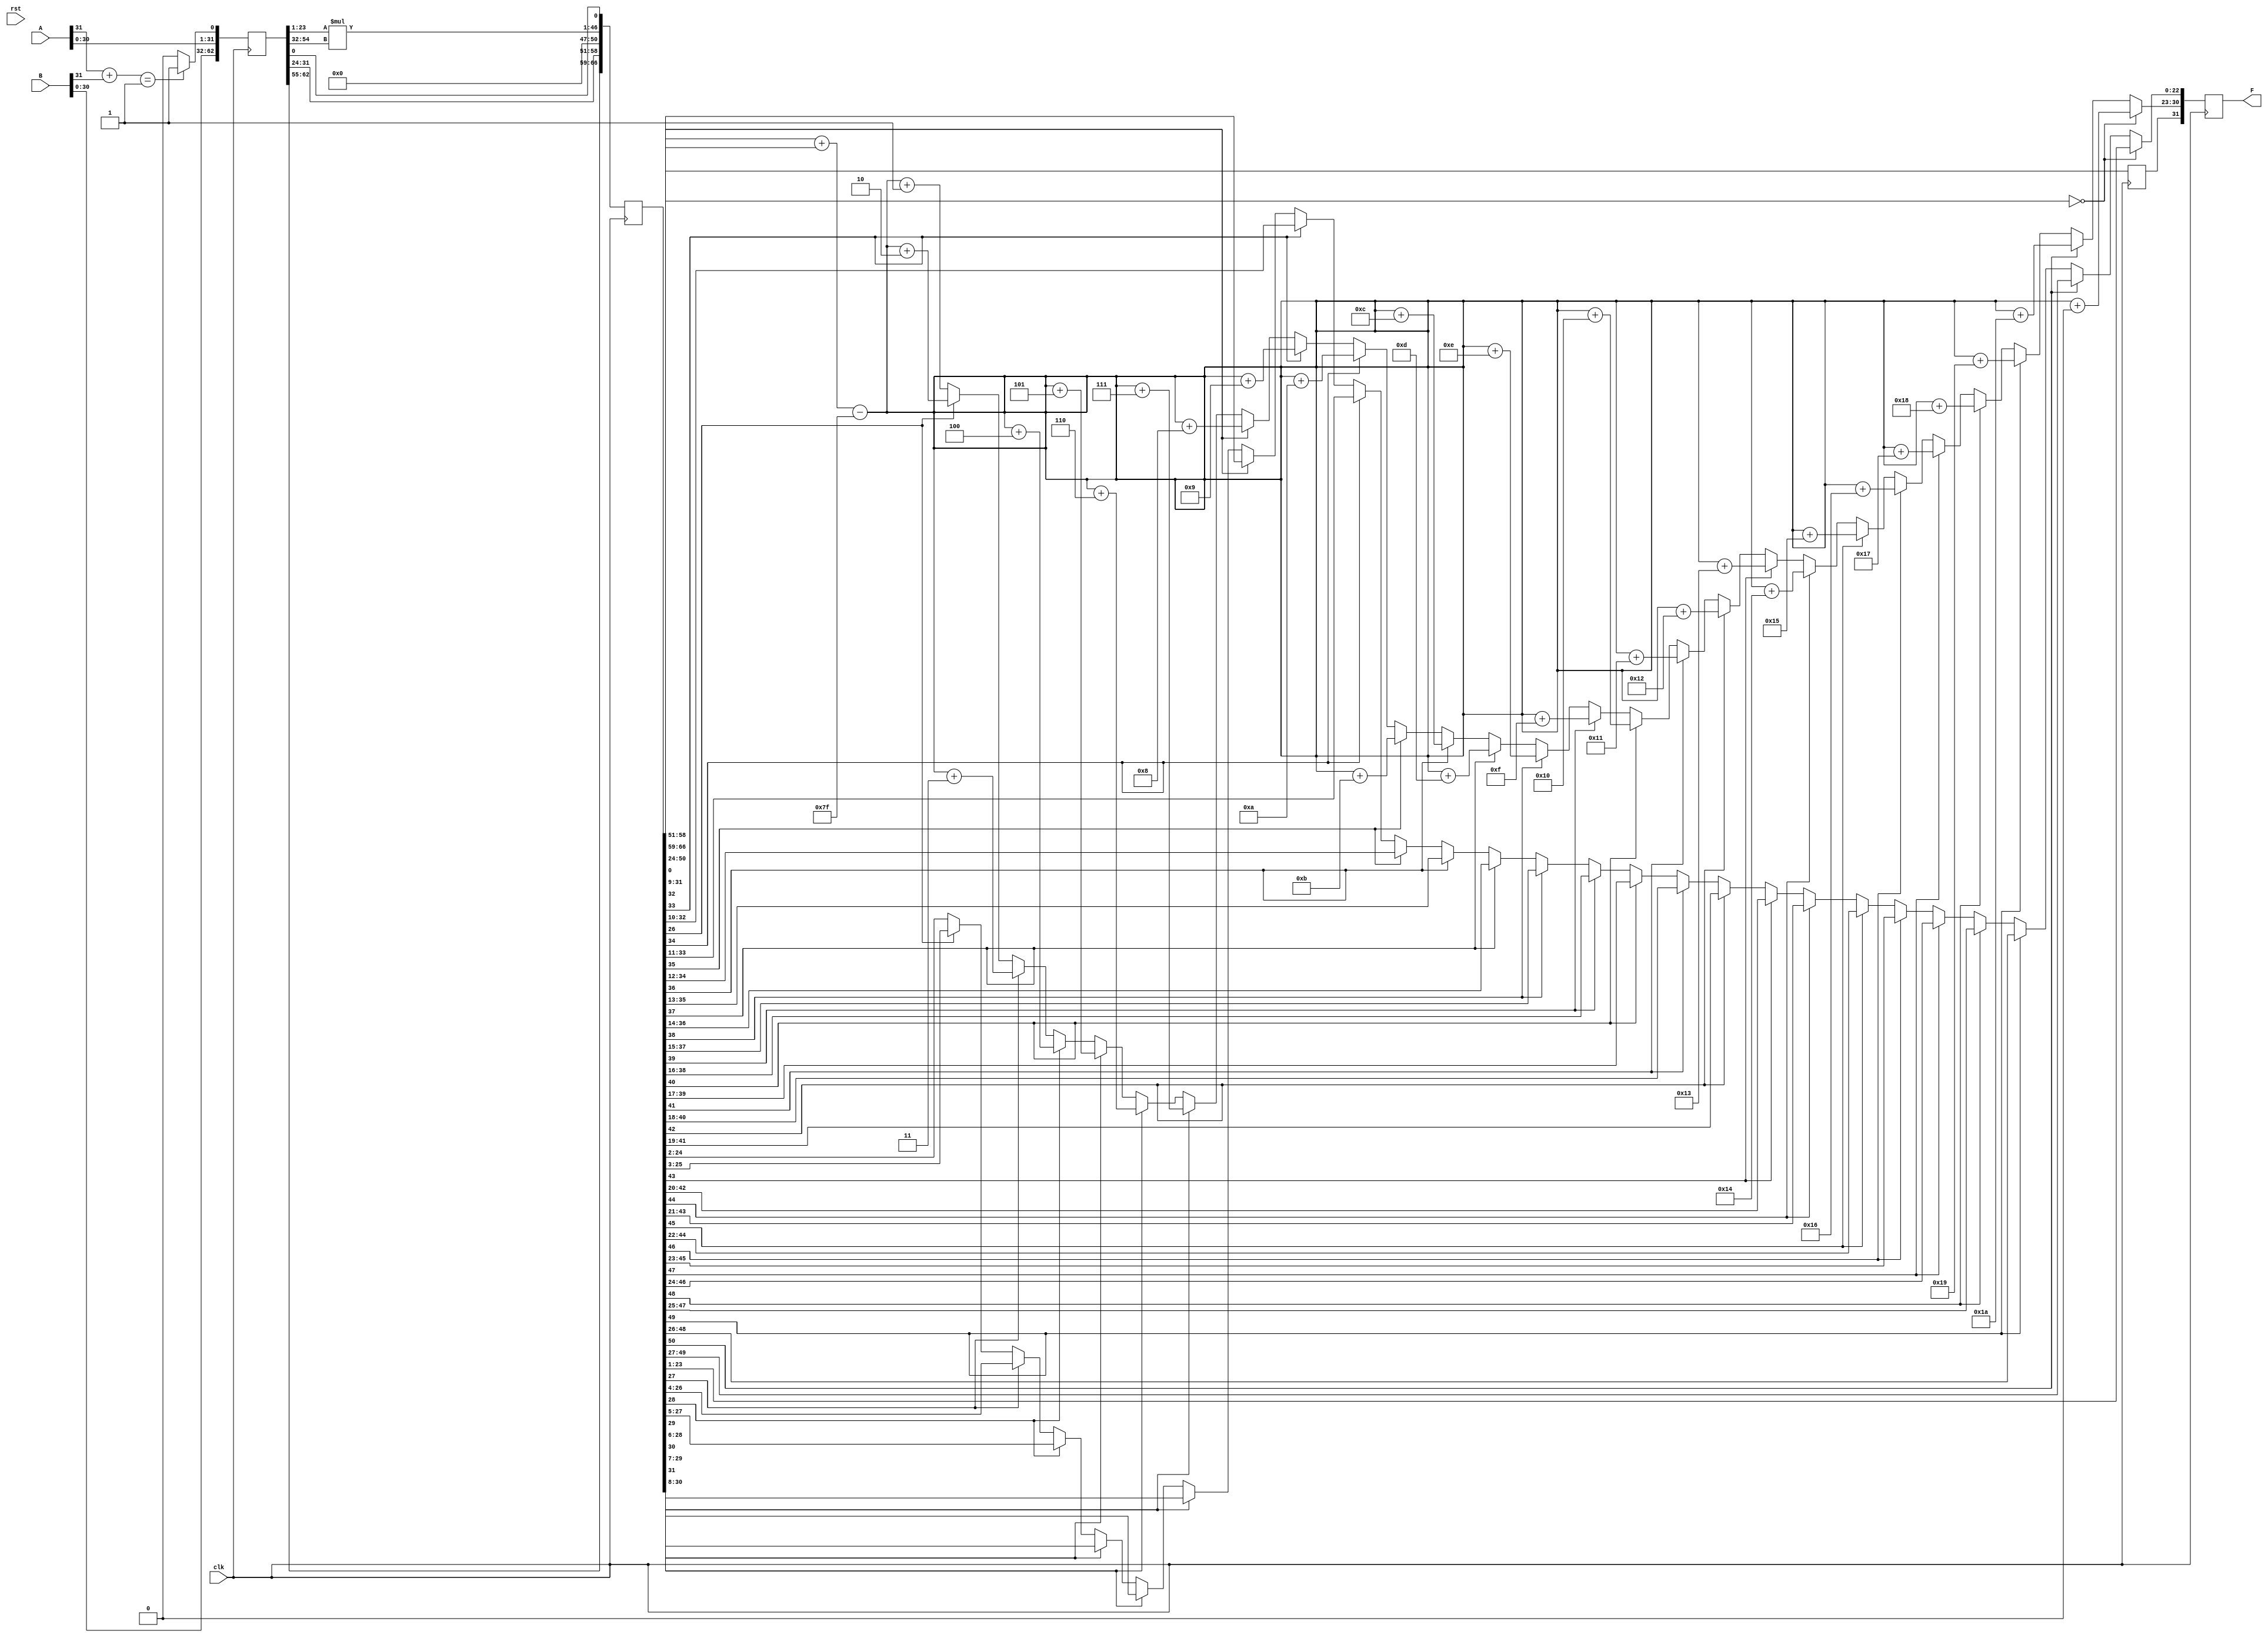
module pipeline_mul(
   `define BIAS 8'b01111111
   `ifdef USE_POWER_PINS
	inout vccd1,
	inout vssd1,	// User area 1 digital ground
   `endif
   input clk, rst,
   input [31:0]A,
   input [31:0]B,

   output [31:0]F);
   reg [31:0]F;
	

//   reg [1:0]sign;
//   reg [49:0]mantissa;


//////////////// PIPE-LINE REGISTERS /////////////////
reg [62:0] P1;
reg [66:0] P2;
reg [31:0] P3;
//////////////////////////////////////////////////////

initial
begin	
	P1 = 0;
	P2 = 0;
	P3 = 0;
end


wire [1:0]sign;
wire [49:0]mantissa;

assign sign = A[31]+B[31];

//always @ ( F or A or B )
always @ ( posedge clk )
begin
	//solve for the sign bit part
	/////////////////////////////////////////////////////////
	P1[0] <= (sign == 1'b1) ? 1'b1 : 1'b0;
	P1[31:1] <= A[30:0];
	P1[62:32] <= B[30:0];

	///////////////////////////////////////////////////////////
	P2[0] <= P1[0];
	P2[50:1] <= P1[23:1] * P1[54:32];

	P2[58:51] <= P1[31:24];
	P2[66:59] <= P1[62:55];

///////////////////////////////////////////////////////////
	P3[0] <= P2[0];

	if(P2[50:24] == 0) begin
	   P3[23:1] = P2[23:1];
	   P3[31:24] = P2[58:51] + P2[66:59] - `BIAS + 8'h00;
	end
	else if(P2[50] == 1) begin
	   P3[23:1] = P2[49:27];
	   P3[31:24] = P2[58:51] + P2[66:59] - `BIAS + 8'h1a;
	end
	else if(P2[49] == 1) begin
	   P3[23:1] = P2[48:26];
	   P3[31:24] = P2[58:51] + P2[66:59] - `BIAS + 8'h19;
	end
	else if(P2[48] == 1) begin
	   P3[23:1] = P2[47:25];
	   P3[31:24] = P2[58:51] + P2[66:59] - `BIAS + 8'h18;
	end
	else if(P2[47] == 1) begin
	   P3[23:1] = P2[46:24];
	   P3[31:24] = P2[58:51] + P2[66:59] - `BIAS + 8'h17;
	end			
	else if(P2[46] == 1) begin
	   P3[23:1] = P2[45:23];
	   P3[31:24] = P2[58:51] + P2[66:59] - `BIAS + 8'h16;
	end	
	else if(P2[45] == 1) begin
	   P3[23:1] = P2[44:22];
	   P3[31:24] = P2[58:51] + P2[66:59] - `BIAS + 8'h15;
	end	
	else if(P2[44] == 1) begin
	   P3[23:1] = P2[43:21];
	   P3[31:24] = P2[58:51] + P2[66:59] - `BIAS + 8'h14;
	end
	else if(P2[43] == 1) begin
	   P3[23:1] = P2[42:20];
	   P3[31:24] = P2[58:51] + P2[66:59] - `BIAS + 8'h13;
	end
	else if(P2[42] == 1) begin
	   P3[23:1] = P2[41:19];
	   P3[31:24] = P2[58:51] + P2[66:59] - `BIAS + 8'h12;
	end
	else if(P2[41] == 1) begin
	   P3[23:1] = P2[40:18];
	   P3[31:24] = P2[58:51] + P2[66:59] - `BIAS + 8'h11;
	end
	else if(P2[40] == 1) begin
	   P3[23:1] = P2[39:17];
	   P3[31:24] = P2[58:51] + P2[66:59] - `BIAS + 8'h10;
	end
	else if(P2[39] == 1) begin
	   P3[23:1] = P2[38:16];
	   P3[31:24] = P2[58:51] + P2[66:59] - `BIAS + 8'h0f;
	end
	else if(P2[38] == 1) begin
	   P3[23:1] = P2[37:15];
	   P3[31:24] = P2[58:51] + P2[66:59] - `BIAS + 8'h0e;
	end
	else if(P2[37] == 1) begin
	   P3[23:1] = P2[36:14];
	   P3[31:24] = P2[58:51] + P2[66:59] - `BIAS + 8'h0d;
	end
	else if(P2[36] == 1) begin
	   P3[23:1] = P2[35:13];
	   P3[31:24] = P2[58:51] + P2[66:59] - `BIAS + 8'h0c;
	end
	else if(P2[35] == 1) begin
	   P3[23:1] = P2[34:12];
	   P3[31:24] = P2[58:51] + P2[66:59] - `BIAS + 8'h0b;
	end
	else if(P2[34] == 1) begin
	   P3[23:1] = P2[33:11];
	   P3[31:24] = P2[58:51] + P2[66:59] - `BIAS + 8'h0a;
	end
	else if(P2[33] == 1) begin
	   P3[23:1] = P2[32:10];
	   P3[31:24] = P2[58:51] + P2[66:59] - `BIAS + 8'h09;
	end
	else if(P2[32] == 1) begin
	   P3[23:1] = P2[31:09];
	   P3[31:24] = P2[58:51] + P2[66:59] - `BIAS + 8'h08;
	end
	else if(P2[31] == 1) begin
	   P3[23:1] = P2[30:08];
	   P3[31:24] = P2[58:51] + P2[66:59] - `BIAS + 8'h07;
	end
	else if(P2[30] == 1) begin
	   P3[23:1] = P2[29:07];
	   P3[31:24] = P2[58:51] + P2[66:59] - `BIAS + 8'h06;
	end
	else if(P2[29] == 1) begin
	   P3[23:1] = P2[28:06];
	   P3[31:24] = P2[58:51] + P2[66:59] - `BIAS + 8'h05;
	end
	else if(P2[28] == 1) begin
	   P3[23:1] = P2[27:05];
	   P3[31:24] = P2[58:51] + P2[66:59] - `BIAS + 8'h04;
	end
	else if(P2[27] == 1) begin
	   P3[23:1] = P2[26:04];
	   P3[31:24] = P2[58:51] + P2[66:59] - `BIAS + 8'h03;
	end
	else if(P2[26] == 1) begin
	   P3[23:1] = P2[25:03];
	   P3[31:24] = P2[58:51] + P2[66:59] - `BIAS + 8'h02;
	end
	else begin
	   P3[23:1] = P2[24:02];
	   P3[31:24] = P2[58:51] + P2[66:59] - `BIAS + 8'h01;
	end

///////////////////////////////////////////////////////////
	F[31] <= P3[0];
	F[30:0] <= P3[31:1];

////////////////////////////////////////////////////////////
end

endmodule